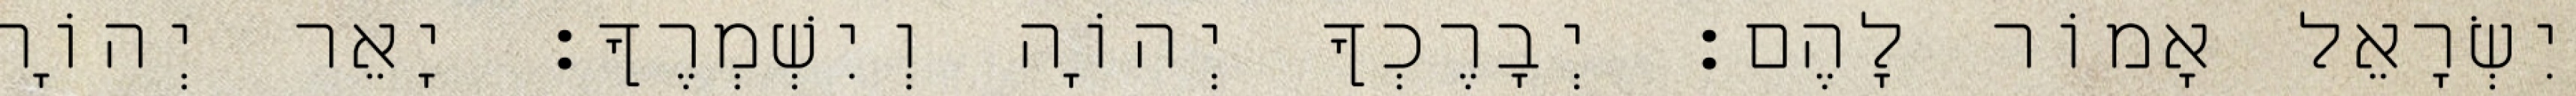
יִשְׂרָאֵל אָמוֹר לָהֶם׃ יְבָרֶכְךָ יְהוָֹה וְיִשְׁמְרֶךָ׃ יָאֵר יְהוָֹה